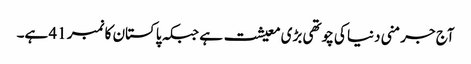
آج جرمنی دنیا کی چوتھی بڑی معیشت ہے جبکہ پاکستان کا نمبر 41 ہے۔